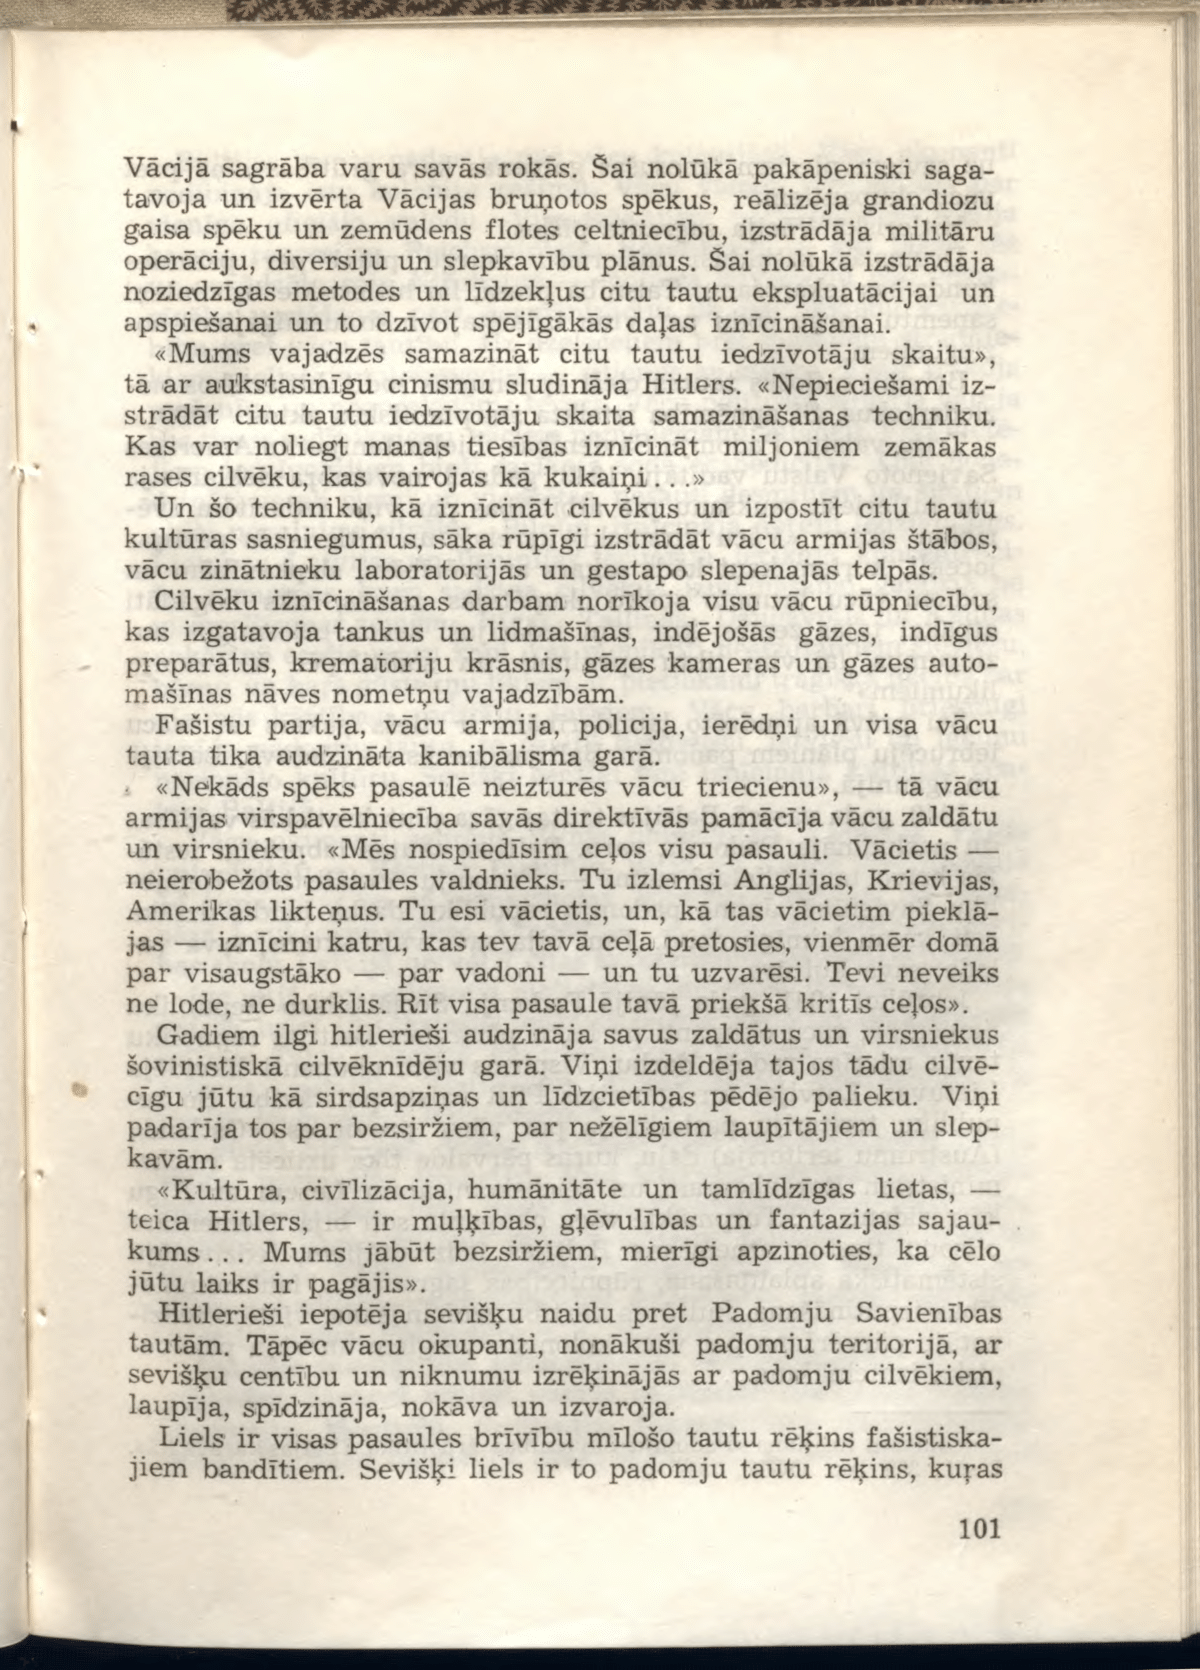
Language: lv